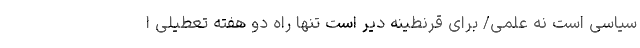
سیاسی است نه علمی/ برای قرنطینه دیر است تنها راه دو هفته تعطیلی ا